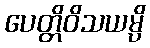
ပေတ္တိဝိသယမ္ပိ